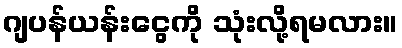
ဂျပန်ယန်းငွေကို သုံးလို့ရမလား။